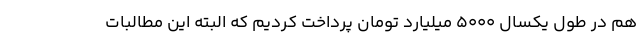
هم در طول یکسال ۵۰۰۰ میلیارد تومان پرداخت کردیم که البته این مطالبات